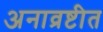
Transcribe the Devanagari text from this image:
अनाव्रष्टीत